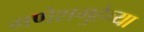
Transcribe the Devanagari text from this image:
गणेशगुहेच्या